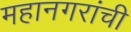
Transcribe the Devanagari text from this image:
महानगरांची